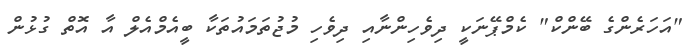
"އަހަރެންގެ ބޭންކް" ކެމްޕޭނަކީ ދިވެހިންނާއި ދިވެހި މުޖުތަމައުތަކާ ބީއެމްއެލް އާ އޮތް ގުޅުން